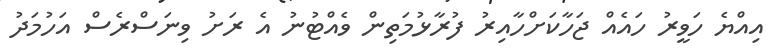
އިއްޔެ ހަވީރު ހައެއް ޖަހާކަށްހާއިރު ފުރާޅުމަތިން ވެއްޓުނު އެ ރަށު ވިނަސްރެސް އަހުމަދު